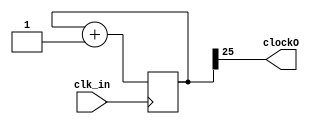
module Temp(clk_in,clockO);

input clk_in;
output wire clockO;

parameter n =25;
reg [n:0] cont;

always@(posedge clk_in)
   begin
     cont <= cont + 1 ;
   end
	
	assign clockO = cont[n];

endmodule